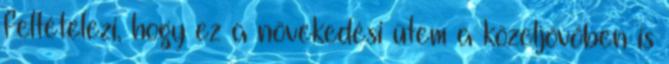
feltételezi, hogy ez a növekedési ütem a közeljövőben is